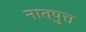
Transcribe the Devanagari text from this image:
नातपुत्त